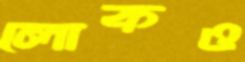
লোকও